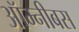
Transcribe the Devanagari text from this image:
ऑम्नीबस